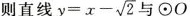
则直线 $$y = x - \sqrt { 2 }$$ 与\odot O